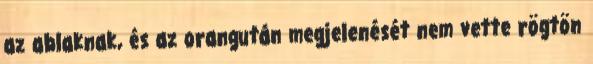
az ablaknak, és az orangután megjelenését nem vette rögtön